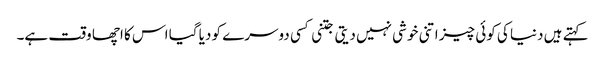
کہتے ہیں دنیا کی کوئی چیز اتنی خوشی نہیں دیتی جتنی کسی دوسرے کو دیا گیا اس کا اچھا وقت ہے۔